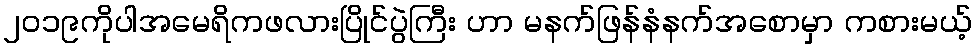
၂၀၁၉ကိုပါအမေရိကဖလားပြိုင်ပွဲကြီး ဟာ မနက်ဖြန်နံနက်အစောမှာ ကစားမယ့်